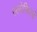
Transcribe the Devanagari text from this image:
स्लोवियाई